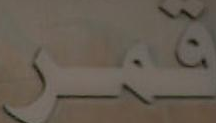
قمر